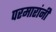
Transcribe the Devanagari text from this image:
परमारांनी